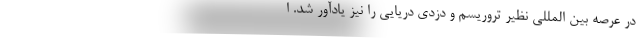
در عرصه بین المللی نظیر تروریسم و دزدی دریایی را نیز یادآور شد. ا